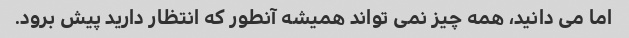
اما می دانید، همه چیز نمی تواند همیشه آنطور که انتظار دارید پیش برود.